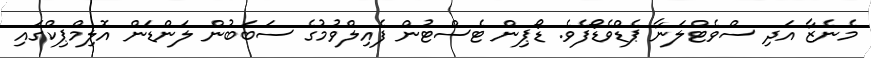
މެނެޒާ އަދި ސްވެޓްލަނާ ޕެޑްވެޑޯފެވެ. ޑޯޕިން ޓެސްޓުން ފެއިލްވުމުގެ ސަބަބުން ލަންޑަން އޮލިމްޕިކްގައި